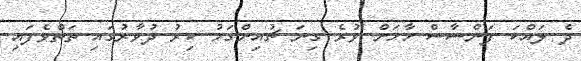
ދެ ލައްކަ ފަންސާސް ހާހަށް ވުރެ ގިނަ ޗުއިންގަމު ކިރު ދުވާރުގައި ތަތްވެފައި